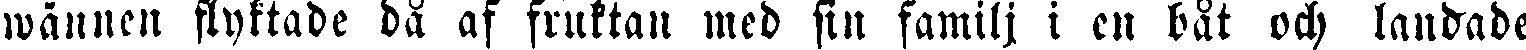
wännen flyktade då af fruktan med sin familj i en båt och landade